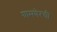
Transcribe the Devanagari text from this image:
श्रामणेरची